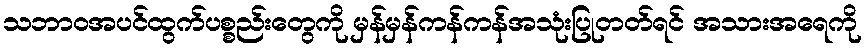
သဘာဝအပင်ထွက်ပစ္စည်းတွေကို မှန်မှန်ကန်ကန်အသုံးပြုတတ်ရင် အသားအရေကို